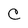
Character: C